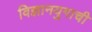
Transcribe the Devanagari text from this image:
विज्ञानयुगाची